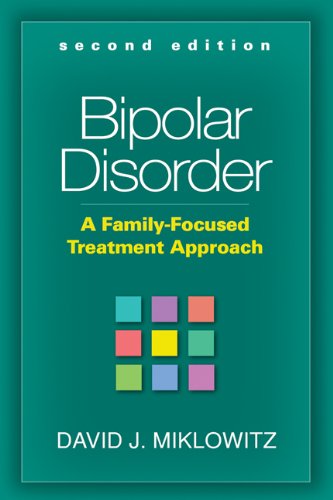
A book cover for Bipolar Disorder, Second Edition: A Family-Focused Treatment Approach; David J. Miklowitz PhD; Health, Fitness & Dieting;